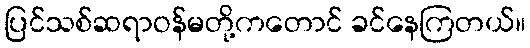
ပြင်သစ်ဆရာဝန်မတို့ကတောင် ခင်နေကြတယ်။